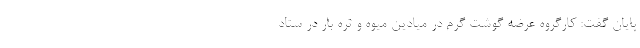
پایان گفت: کارگروه عرضه گوشت گرم در میادین میوه و تره بار در ستاد